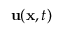
\mathbf { u } ( \mathbf { x } , t )